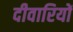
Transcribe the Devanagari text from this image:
दीवारियों